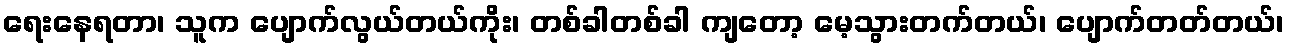
ရေးနေရတာ၊ သူက ပျောက်လွယ်တယ်ကိုး၊ တစ်ခါတစ်ခါ ကျတော့ မေ့သွားတက်တယ်၊ ပျောက်တတ်တယ်၊